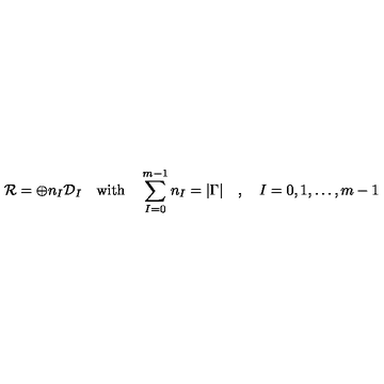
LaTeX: { \cal R } = \oplus n _ { I } { \cal D } _ { I } \quad \mathrm { w i t h } \quad \sum _ { I = 0 } ^ { m - 1 } n _ { I } = | \Gamma | \quad , \quad I = 0 , 1 , \ldots , m - 1